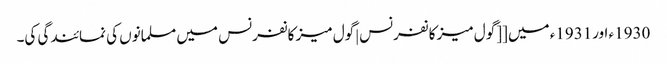
1930ء اور1931ء میں [[گول میز کانفرنس|گول میز کانفرنس میں مسلمانوں کی نمائندگی کی۔